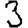
Digit: 3